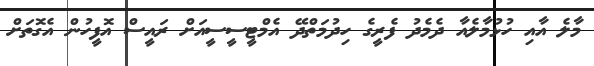
މާލެ އާއި ހުޅުމާލެއާ ދެމެދު ފެރީގެ ހިދުމަތްދޭ އެމްޓީސީސީއަށް ރައީސް އޮފީހުން އެގޮތަށް